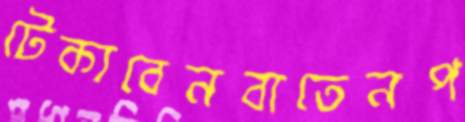
টেকাবেনবাতেনপ